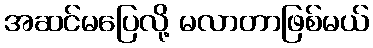
အဆင်မပြေလို့ မလာတာဖြစ်မယ်